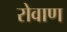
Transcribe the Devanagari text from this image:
रोवाण